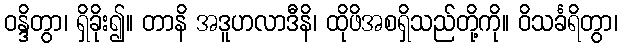
ဝန္ဒိတွာ၊ ရှိခိုး၍။ တာနိ အဒူဟလာဒီနိ၊ ထိုဖိအစရှိသည်တို့ကို။ ဝိသင်္ခရိတွာ၊